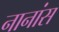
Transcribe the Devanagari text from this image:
नानांस